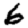
Digit: 6